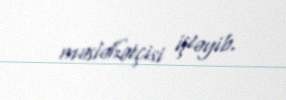
məsləhətçisi işləyib.